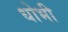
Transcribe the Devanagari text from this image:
धोभी